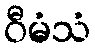
ဝီမံသံ